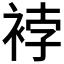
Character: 𧚆